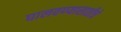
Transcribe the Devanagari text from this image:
घालवण्यासाठीचे